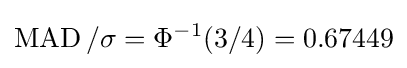
\operatorname {MAD} /\sigma =\Phi ^{-1}(3/4)=0.67449